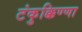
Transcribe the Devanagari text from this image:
टंकुक्किण्णा